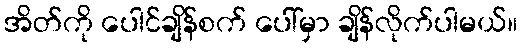
အိတ်ကို ပေါင်ချိန်စက် ပေါ်မှာ ချိန်လိုက်ပါမယ်။